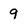
Character: 9